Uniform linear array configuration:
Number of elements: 48
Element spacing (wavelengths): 0.5
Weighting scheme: kaiser
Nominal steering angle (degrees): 60
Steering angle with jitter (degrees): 58.732
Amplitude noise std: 0.05
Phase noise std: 0.05

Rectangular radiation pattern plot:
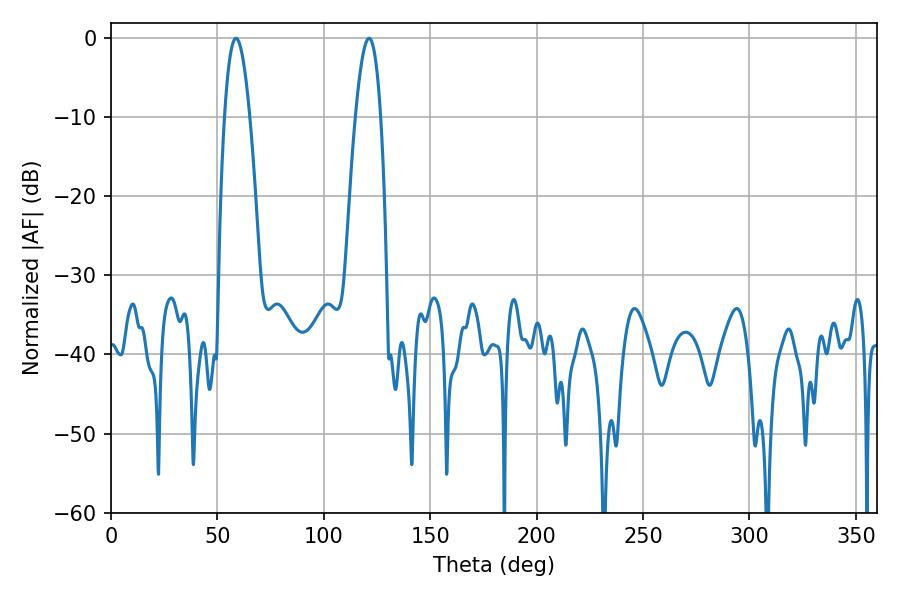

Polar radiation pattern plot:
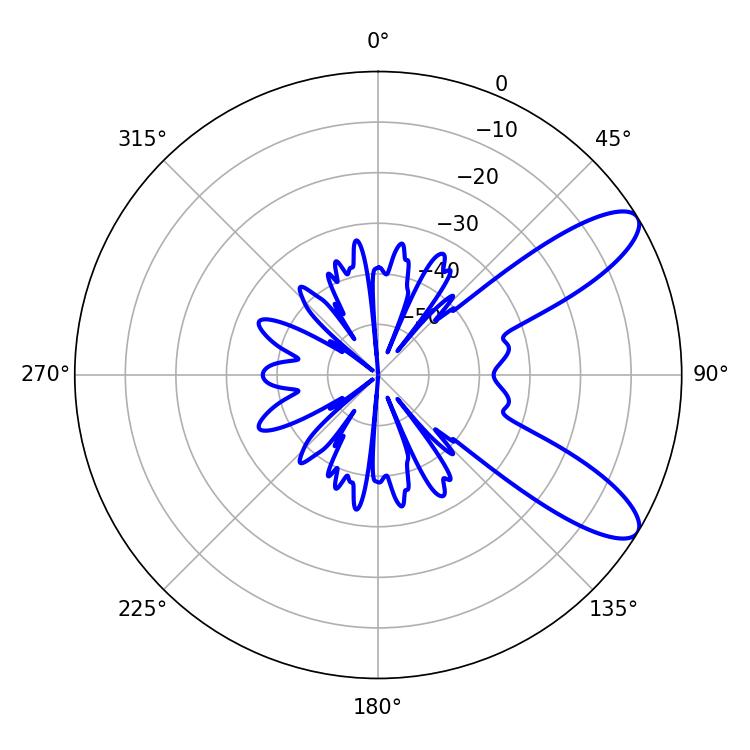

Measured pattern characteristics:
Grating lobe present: FALSE
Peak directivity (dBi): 9.775
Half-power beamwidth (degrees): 6.48
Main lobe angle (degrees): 58.68